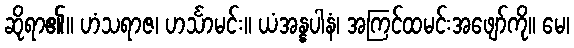
ဆိုရာ၏။ ဟံသရာဇ၊ ဟင်္သာမင်း။ ယံအန္နပါနံ၊ အကြင်ထမင်းအဖျော်ကို။ မေ၊